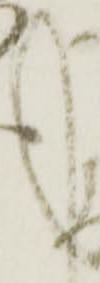
へ